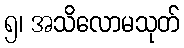
၅၊ အသိလောမသုတ်